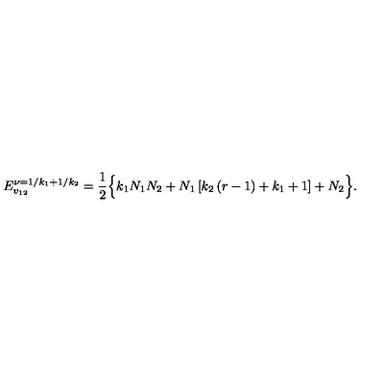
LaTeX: E _ { v _ { 1 2 } } ^ { \nu = 1 / k _ { 1 } + 1 / k _ { 2 } } = \frac { 1 } { 2 } \Big \{ k _ { 1 } N _ { 1 } N _ { 2 } + N _ { 1 } \left[ k _ { 2 } \left( r - 1 \right) + k _ { 1 } + 1 \right] + N _ { 2 } \Big \} .